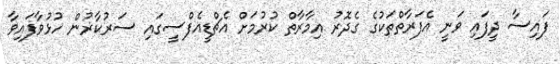
ފައިސާ ދީފައި ވަނީ އެފަރާތްތަކުގެ ގެދޮރު އިމާރާތް ކުރުމަށް އެޗްޑީއެފްސީގައި ސަރުކާޜުން ހުޅުވާފައިވާ